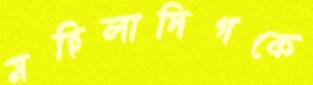
মহিলাদিগকে